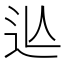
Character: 𨑟